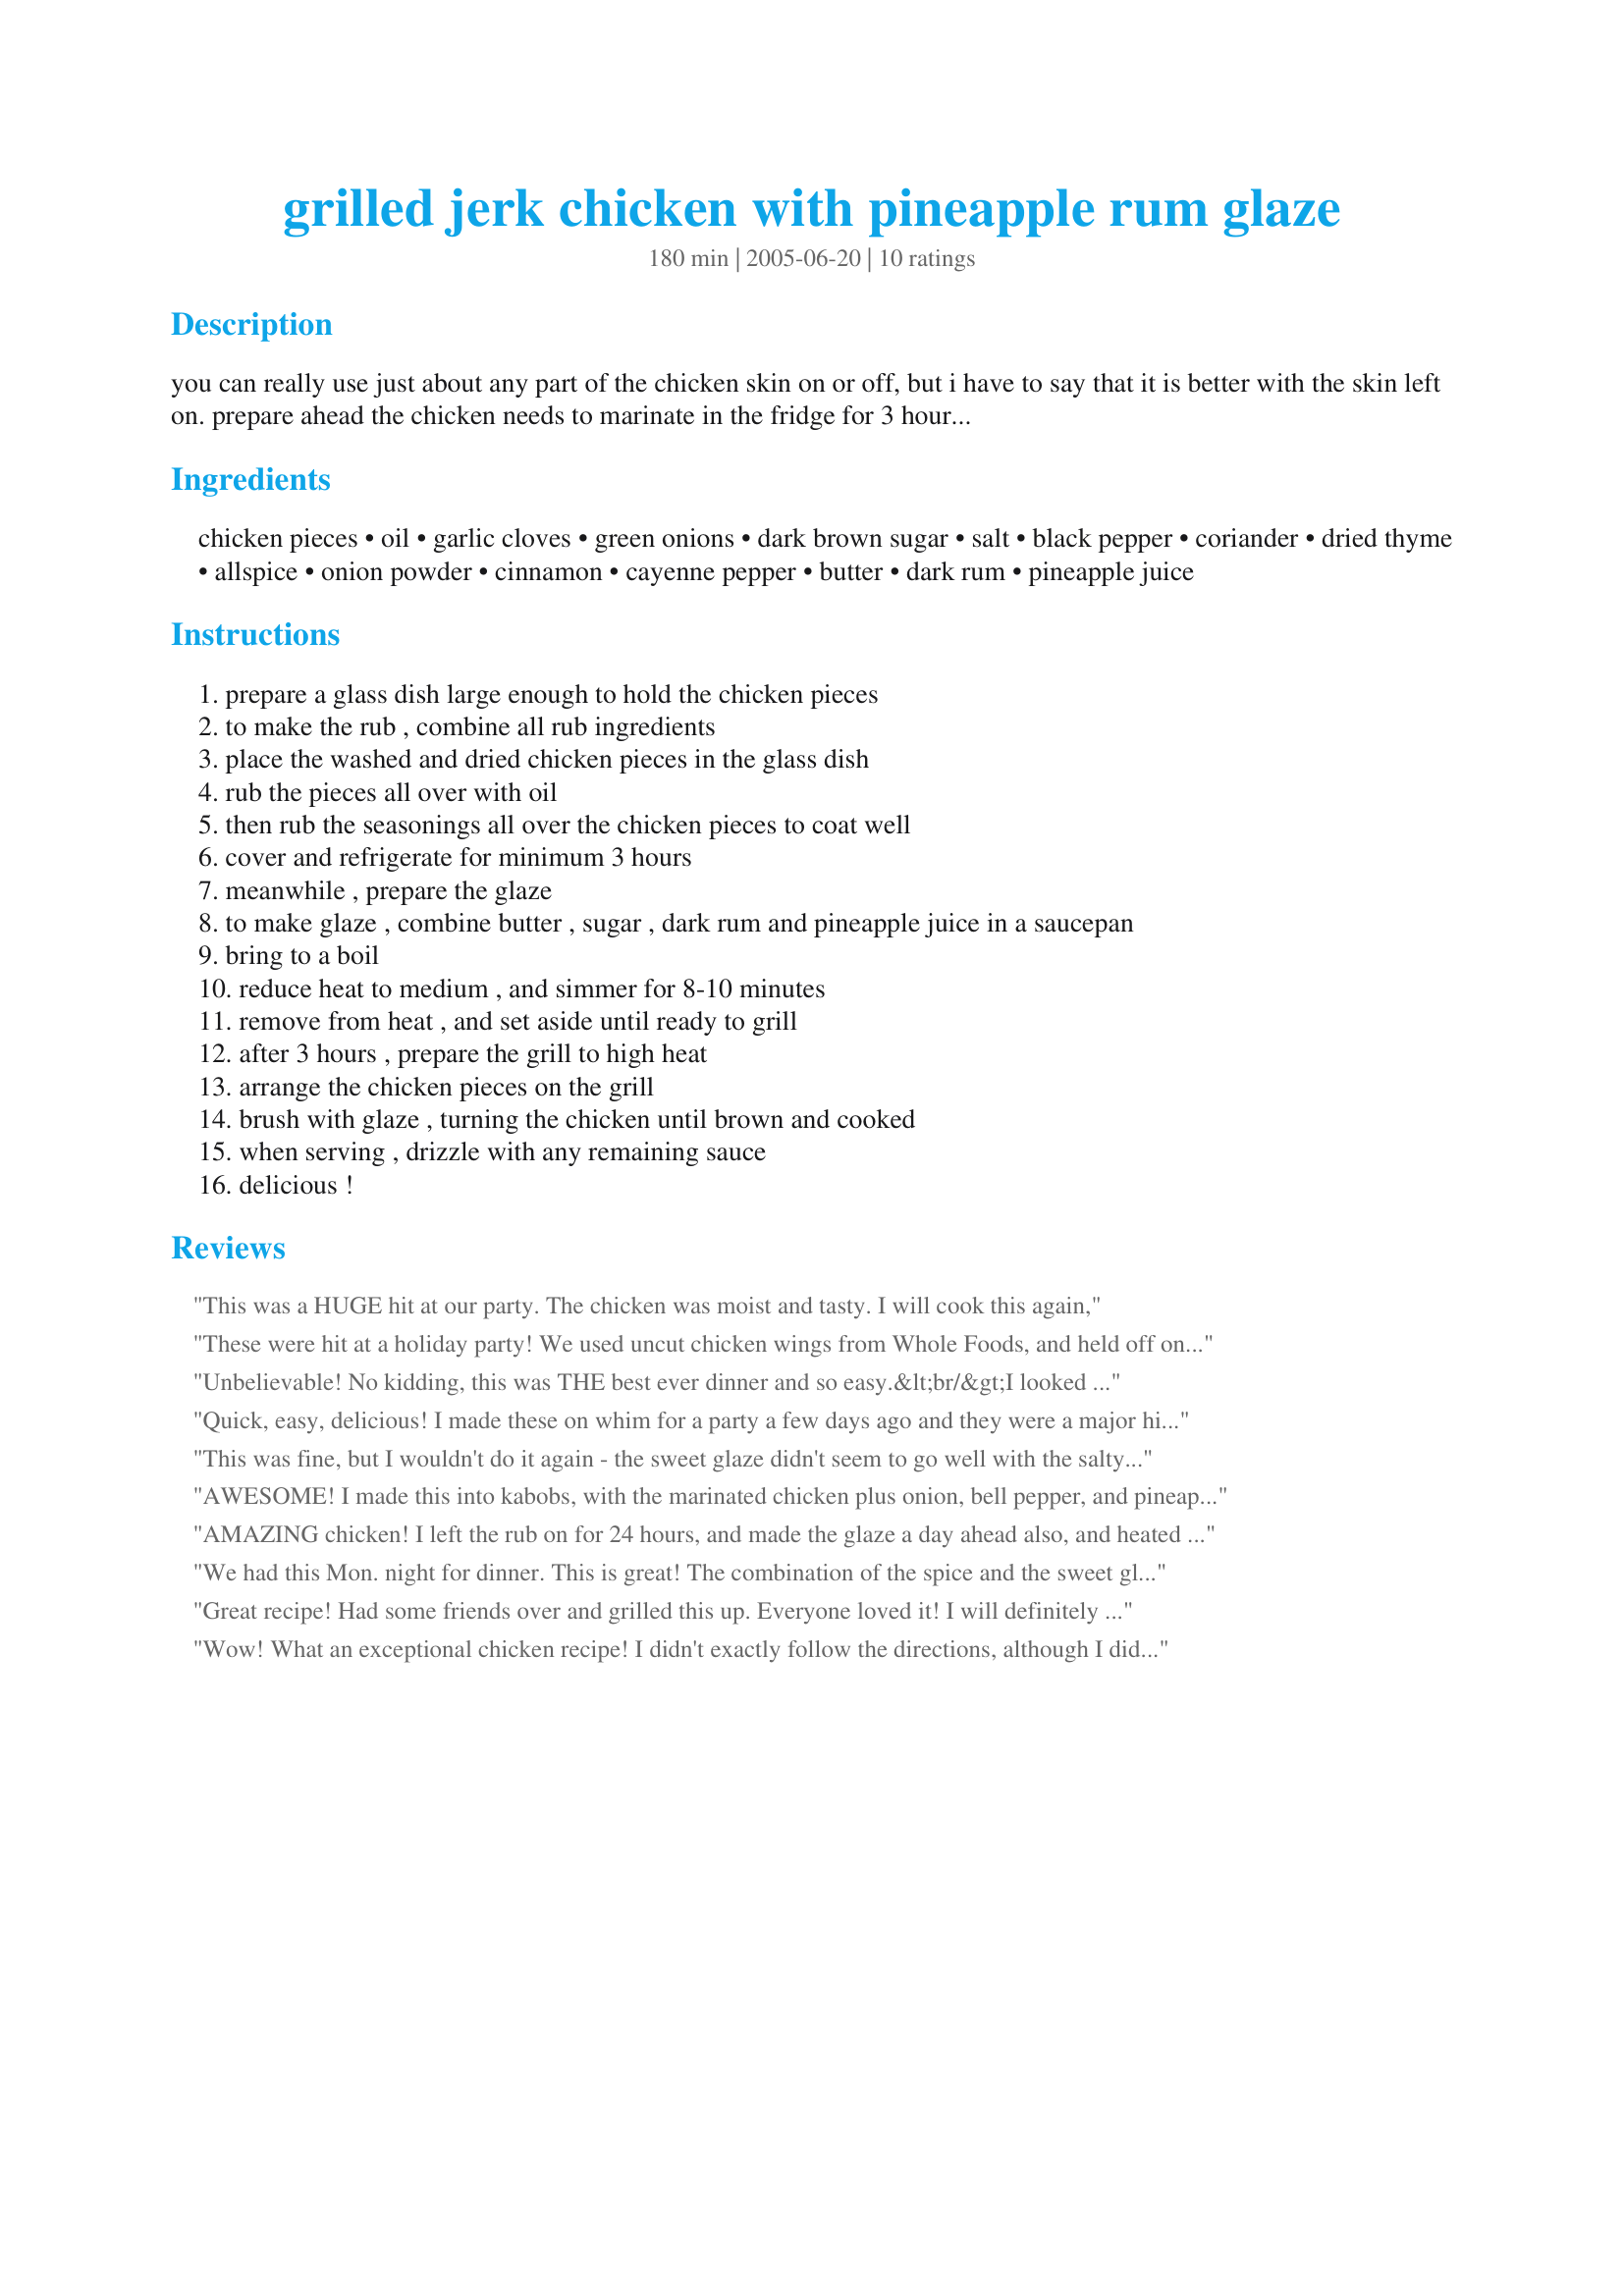
grilled jerk chicken with pineapple rum glaze
Preparation time: 180 minutes

you can really use just about any part of the chicken skin on or off, but i have to say that it is better with the skin left on. prepare ahead the chicken needs to marinate in the fridge for 3 hours, and if possible use only dark sugar it seems to work better, my family loves this chicken!

Ingredients:
chicken pieces, oil, garlic cloves, green onions, dark brown sugar, salt, black pepper, coriander, dried thyme, allspice, onion powder, cinnamon, cayenne pepper, butter, dark rum, pineapple juice

Steps:
prepare a glass dish large enough to hold the chicken pieces
to make the rub , combine all rub ingredients
place the washed and dried chicken pieces in the glass dish
rub the pieces all over with oil
then rub the seasonings all over the chicken pieces to coat well
cover and refrigerate for minimum 3 hours
meanwhile , prepare the glaze
to make glaze , combine butter , sugar , dark rum and pineapple juice in a saucepan
bring to a boil
reduce heat to medium , and simmer for 8-10 minutes
remove from heat , and set aside until ready to grill
after 3 hours , prepare the grill to high heat
arrange the chicken pieces on the grill
brush with glaze , turning the chicken until brown and cooked
when serving , drizzle with any remaining sauce
delicious !

Reviews:
This was a HUGE hit at our party. The chicken was moist and tasty. I will cook this again,
These were hit at a holiday party! We used uncut chicken wings from Whole Foods, and held off on the glaze until they were hot-off-the-grill and drizzled it over the batch. VERY EASY! (We also substituted Capt. Morgan's spiced rum, instead of Myer's, etc. -- cheaper for a small bottle!) Definitely going to make these again ASAP!
Unbelievable! No kidding, this was THE best ever dinner and so easy.&lt;br/&gt;I looked up pineapple and chicken because these were ingredients I had in fridge.......and voila! Way to go Kittencalskitchen. My family loved it so much we are making again tonight. (twice this month). Should mention however, I did not have dark brown sugar so instead, I used approx. 1/4 cup dark molasses. Fabulous. Thank you.
Quick, easy, delicious! I made these on whim for a party a few days ago and they were a major hit. Already had a call requesting the recipe. I used b/s thighs, and the next night I made more with b/s breasts. Both were wonderful, served with plain white rice. Good to have leftover glaze to drizzle over it all. I doubled the rub recipe for about 5 pounds of thighs. I didn't follow the listed procedure, but just threw everything together and mixed it up with my hands. Turned out great, definitely a keeper! Thanks for posting.
This was fine, but I wouldn't do it again - the sweet glaze didn't seem to go well with the salty rub.
AWESOME! I made this into kabobs, with the marinated chicken plus onion, bell pepper, and pineapple. It was so good that when it was gone and we'd stuffed ourselves, we were still wishing for more. I didn't have 3 hours to let it "set", but I tossed the cubed, skinless chicken breast with a Tblsp. or so of oil and then with the rub and let it sit at room temp for about 30 minutes before throwing it on the grill. It turned out great. Substituted ginger and Chinese 5 spice powder for the cinnamon and allspice.
AMAZING chicken! I left the rub on for 24 hours, and made the glaze a day ahead also, and heated it slightly before brushing on the chicken. I am going to double the recipe next time as I could have used more chicken for 6 people. Great recipe, thank you
We had this Mon. night for dinner. This is great! The combination of the spice and the sweet glaze is outstanding. Please try this one. I served it with pineapple and a fruity coleslaw.
Great recipe! Had some friends over and grilled this up. Everyone loved it! I will definitely make it again soon.
Wow! What an exceptional chicken recipe! I didn't exactly follow the directions, although I did use the ingredients in the amount you listed. The change I made was to turn the rub into a marinade by adding 1/4 C rum, 1/4 C pineaple juice and 1/4 C olive oil to the spices. I used skinless, boneless breasts cut into cubes. I threaded the chicken onto skewers with red onions and pineapple chunks. I did use the glaze to baste the skewers while they grilled. Everyone loved it. Thanks so much for this great recipe! I plan to make it over and over.
